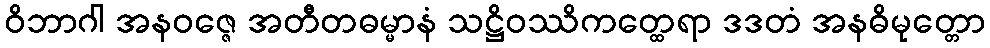
ဝိဘာဂါ အနဝဇ္ဇေ အတီတဓမ္မာနံ သဋ္ဌိဝဿိကတ္ထေရာ ဒဒတံ အနဓိမုတ္တော